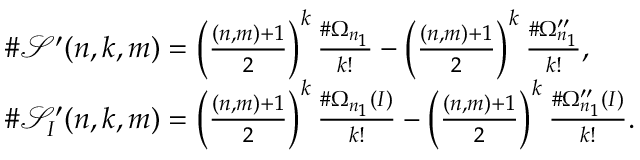
\begin{array} { r l } & { \# \mathcal { S } ^ { \prime } ( n , k , m ) = \left( \frac { ( n , m ) + 1 } { 2 } \right) ^ { k } \frac { \# \Omega _ { n _ { 1 } } } { k ! } - \left( \frac { ( n , m ) + 1 } { 2 } \right) ^ { k } \frac { \# \Omega _ { n _ { 1 } } ^ { \prime \prime } } { k ! } , } \\ & { \# \mathcal { S } _ { I } ^ { \prime } ( n , k , m ) = \left( \frac { ( n , m ) + 1 } { 2 } \right) ^ { k } \frac { \# \Omega _ { n _ { 1 } } ( I ) } { k ! } - \left( \frac { ( n , m ) + 1 } { 2 } \right) ^ { k } \frac { \# \Omega _ { n _ { 1 } } ^ { \prime \prime } ( I ) } { k ! } . } \end{array}